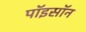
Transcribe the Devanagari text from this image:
पॉइसॉन